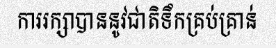
ការរក្សាបាននូវជាតិទឹកគ្រប់គ្រាន់